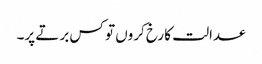
عدالت کا رخ کروں تو کس برتے پر۔